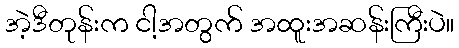
အဲ့ဒီတုန်းက ငါ့အတွက် အထူးအဆန်းကြီးပဲ။